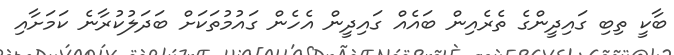
ބާކީ ތިބި ގައިދީންގެ ތެރެއިން ބައެއް ގައިދީން އެހެން ގައުމުތަކަށް ބަދަލުކުރާނެ ކަމަށާއި